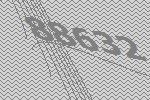
88632